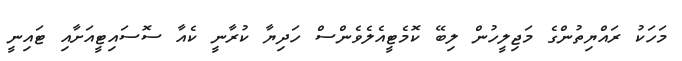
މަހަކު ރައްޔިތުންގެ މަޖިލީހުން ލިބޭ ކޮމެޓީއެލެވެންސް ހަދިޔާ ކުރާނީ ކެއާ ސޮސައިޓީއަށާއި ޓައިނީ